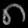
Digit: ၈